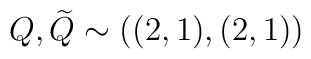
Q, {\widetilde{Q}} \sim ((2,1),(2,1))